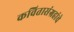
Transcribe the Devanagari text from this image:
कवितासंग्रहांचे